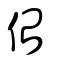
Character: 佁